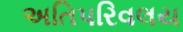
અતિપરિવલય